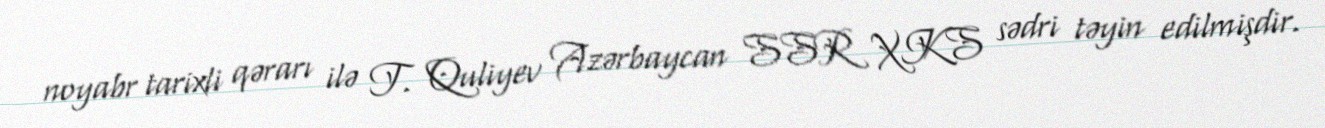
noyabr tarixli qərarı ilə T. Quliyev Azərbaycan SSR XKS sədri təyin edilmişdir.